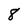
Character: 8